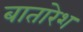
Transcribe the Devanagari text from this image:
बातारेश